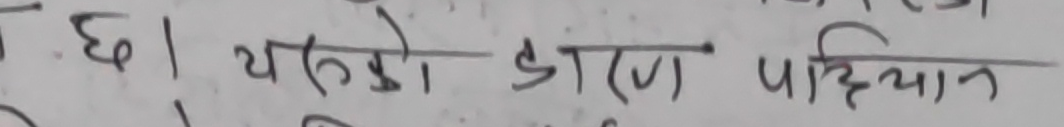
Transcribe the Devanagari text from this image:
छ। यसको कारण पहिचान